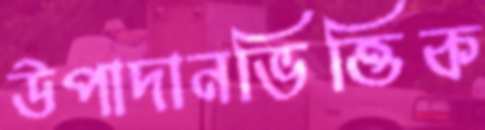
উপাদানভিত্তিক